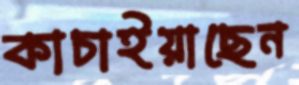
কাচাইয়াছেন